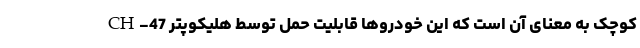
کوچک به معنای آن است که این خودروها قابلیت حمل توسط هلیکوپتر CH-47